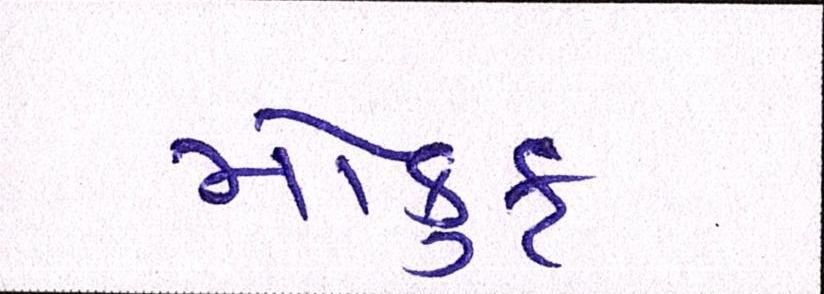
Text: મોકુફ